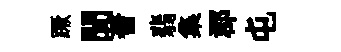
蹶聞蓍翡集郡屯